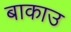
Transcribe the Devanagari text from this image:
बाकाउ